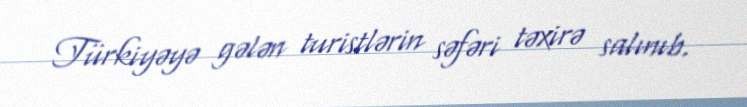
Türkiyəyə gələn turistlərin səfəri təxirə salınıb.